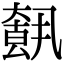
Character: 𡙺